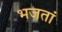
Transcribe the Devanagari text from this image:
भजतां